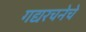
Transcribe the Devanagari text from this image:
गद्यरचनेचे